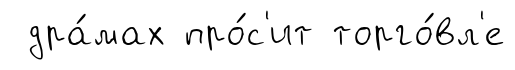
дра́мах про́с'ит торго́вл'е